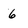
Character: 6